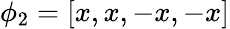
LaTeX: \phi_{2}=[{x,x,-x,-x}]